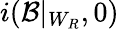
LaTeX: i(\mathcal{B}|_{W_{R}},0)